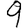
Digit: 9